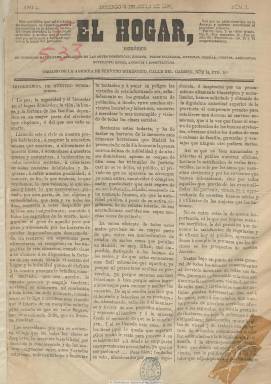
Título: El Hogar (Madrid)
Colección: Revistas femeninas
Ámbito geográfico: Madrid
Lugar de publicación: Madrid
Fechas: 03/06/1866-03/03/1867

Semanario (salía los domingos) que con el largo subtítulo “periódico de intereses materiales, adelantos en las artes domésticas, higiene, parte culinaria, revistas, poesías, cuentos, anécdotas, novedades, modas, anuncios y espectáculos”, da cuenta de sus principales contenidos, y que sirve de órgano o boletín de la Agencia de Servicio Doméstico que un año antes se había creado en Madrid como empresa de colocación y contratación de sirvientes.

Su propietario y editor responsables es José Ferrer y González, que la distribuye gratuitamente a los abonados de su agencia, en entregas de cuatro páginas, a partir del tres de junio de 1866. Además de artículos sobre la relación entre criados y amos y sus secciones de higiene, culinaria, instructiva o de modas, en su cuarta plana da cuenta de los precios de los alimentos de primera necesidad (pan, carne, vino, aceite, etc.), de las cotizaciones de la bolsa, cartelera de espectáculos y anuncios comerciales.

Esta publicación es una “iniciativa insólita” de una empresa de empleo, a través de la que se puede tener una idea de las relaciones laborales entre amos y criados de la época, a juicio de Carmen Sarasúa (1994), en un mercado de trabajo que daba entonces empleo entre 60.000 y 70.000 personas en Madrid. En el número 26, correspondiente al tres de marzo de 1867, su director anuncia la suspensión de la publicación.